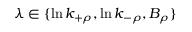
\lambda \in \{ \ln k _ { + \rho } , \ln k _ { - \rho } , B _ { \rho } \}